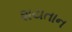
શયતાન